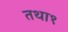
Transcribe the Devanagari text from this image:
तथा१